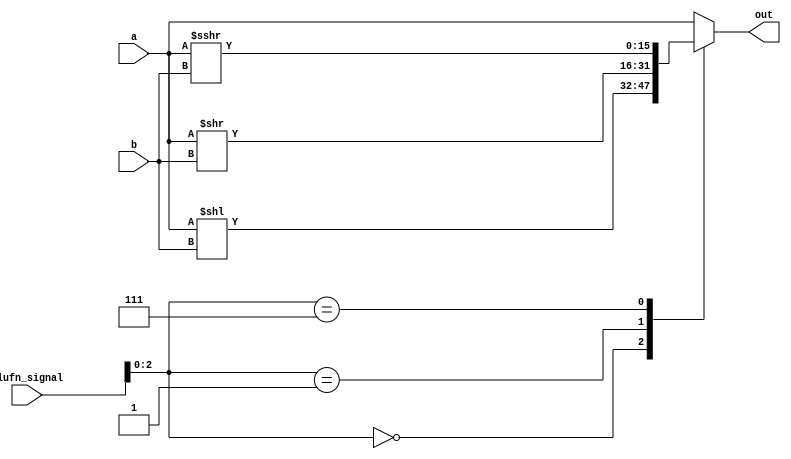
/*
   This file was generated automatically by Alchitry Labs version 1.2.7.
   Do not edit this file directly. Instead edit the original Lucid source.
   This is a temporary file and any changes made to it will be destroyed.
*/

module shifter_10 (
    input [15:0] a,
    input [3:0] b,
    input [5:0] alufn_signal,
    output reg [15:0] out
  );
  
  
  
  always @* begin
    
    case (alufn_signal[0+2-:3])
      default: begin
        out = a;
      end
      3'h0: begin
        out = a << b;
      end
      3'h1: begin
        out = a >> b;
      end
      3'h7: begin
        out = $signed(a) >>> b;
      end
    endcase
  end
endmodule